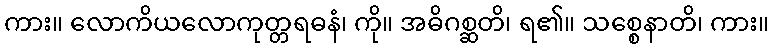
ကား။ လောကိယလောကုတ္တရဓနံ၊ ကို။ အဓိဂစ္ဆတိ၊ ရ၏။ သစ္စေနာတိ၊ ကား။